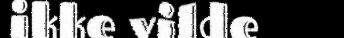
ikke vilde